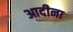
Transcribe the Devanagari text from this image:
आदीना